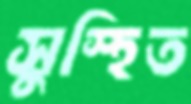
সুস্হিত